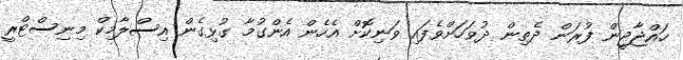
ހައްޖާޖީން ފުރަން ދެތިން ދުވަހަށްވެފައި ވަނިކޮށް އެހެން އެންގުމާ ގުޅިގެން އިސްލާމިކް މިނިސްޓްރީ